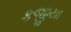
કજીયા